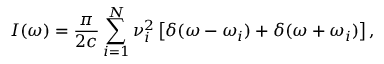
I ( \omega ) = { \frac { \pi } { 2 c } } \sum _ { i = 1 } ^ { N } \nu _ { i } ^ { 2 } \left[ \delta ( \omega - \omega _ { i } ) + \delta ( \omega + \omega _ { i } ) \right] ,